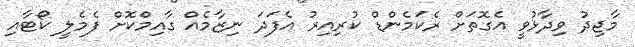
މާޖިދު ވިދާޅުވީ އެގޮތަށް ރެކަމެންޑް ކުރިއިރު އެފަދަ ނިޒާމެއް ގާއިމްކޮށް ފެމެލީ ކޯޓާއި